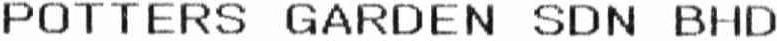
POTTERS GARDEN SDN BHD